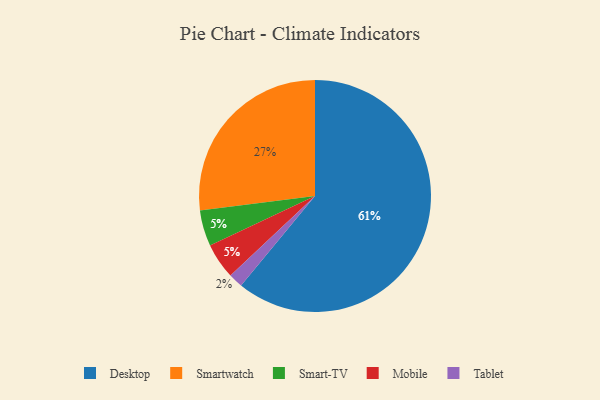
{"axis": {"x": "Category", "y": "Percentage"}, "legend": ["Desktop", "Mobile", "Smart-TV", "Smartwatch", "Tablet"], "data": [{"x": "Desktop", "y": 61, "type": "Desktop"}, {"x": "Smartwatch", "y": 27, "type": "Smartwatch"}, {"x": "Smart-TV", "y": 5, "type": "Smart-TV"}, {"x": "Tablet", "y": 2, "type": "Tablet"}, {"x": "Mobile", "y": 5, "type": "Mobile"}]}